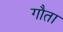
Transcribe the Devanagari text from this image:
गौता